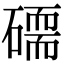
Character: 𥕷